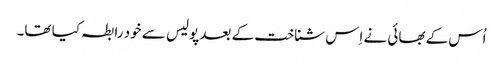
اُس کے بھائی نے اِس شناخت کے بعد پولیس سے خود رابطہ کیا تھا۔